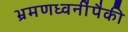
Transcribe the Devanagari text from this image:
भ्रमणध्वनींपैकी